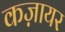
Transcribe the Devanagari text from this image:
कज़ायर